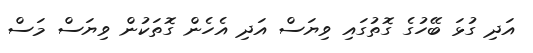
އަދި ގުޅަ ބޭހުގެ ގޮތުގައި ވިޔަސް އަދި އެހެން ގޮތަކުން ވިޔަސް މަސް